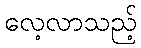
လေ့လာသည့်